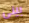
بينى